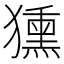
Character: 獯